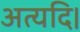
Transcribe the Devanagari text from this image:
अत्यदि।